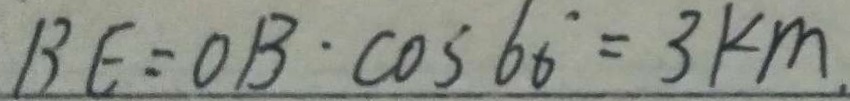
B E = O B \cdot \cos 6 0 ^ { \circ } = 3 k m .